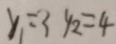
y _ { 1 } = 3 y _ { 2 } = 4